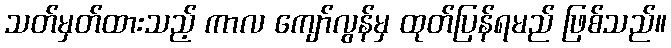
သတ်မှတ်ထားသည့် ကာလ ကျော်လွန်မှ ထုတ်ပြန်ရမည် ဖြစ်သည်။